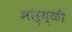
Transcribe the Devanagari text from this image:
मल्य्ळी